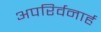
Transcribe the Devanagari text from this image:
अपरिर्वनार्ह